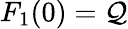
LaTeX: F_{1}(0)=\mathcal{Q}